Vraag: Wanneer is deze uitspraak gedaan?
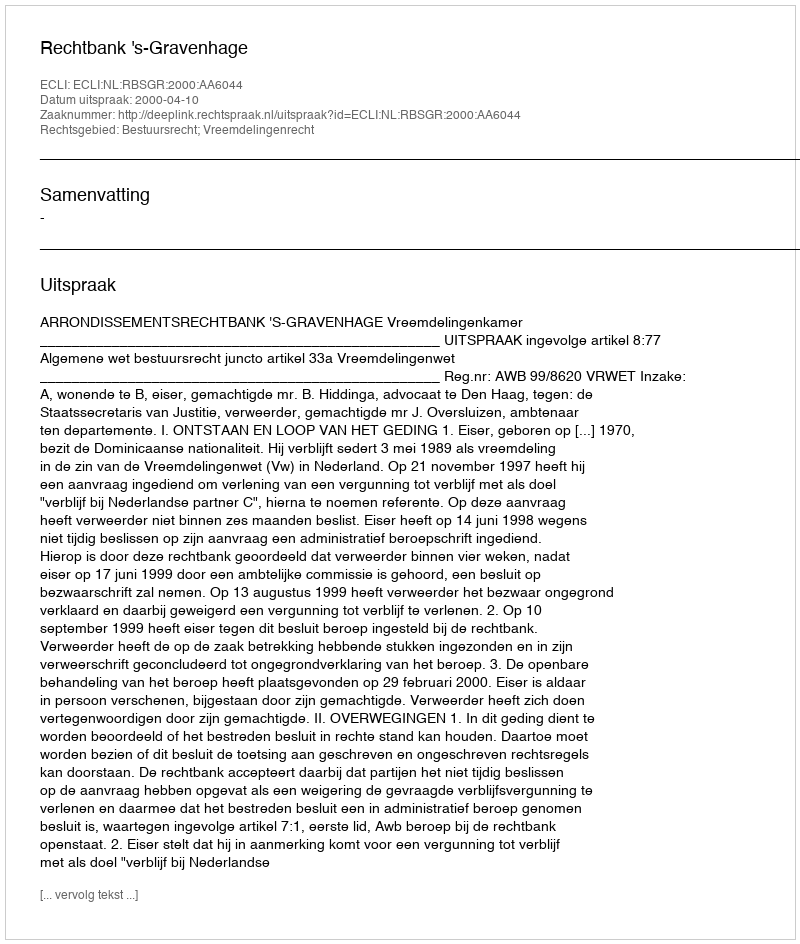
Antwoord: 2000-04-10